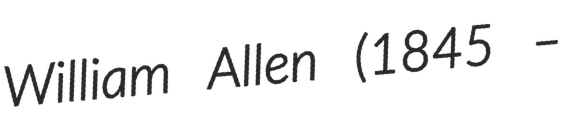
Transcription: William Allen (1845 –